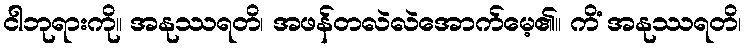
ငါဘုရားကို။ အနုဿရတိ၊ အဖန်တလဲလဲအောက်မေ့၏။ ကိံ အနုဿရတိ၊